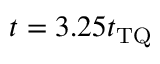
t = 3 . 2 5 t _ { \mathrm { T Q } }